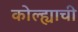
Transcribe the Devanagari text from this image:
कोल्ह्याची